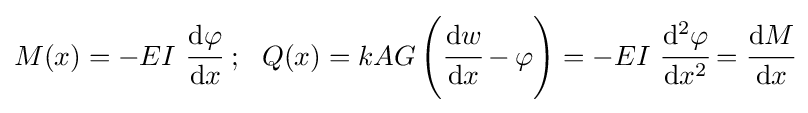
M(x)=-EI~{\cfrac {\mathrm {d} \varphi }{\mathrm {d} x}}~;~~Q(x)=kAG\left({\cfrac {\mathrm {d} w}{\mathrm {d} x}}-\varphi \right)=-EI~{\cfrac {\mathrm {d} ^{2}\varphi }{\mathrm {d} x^{2}}}={\cfrac {\mathrm {d} M}{\mathrm {d} x}}